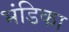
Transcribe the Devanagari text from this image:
भंडिका